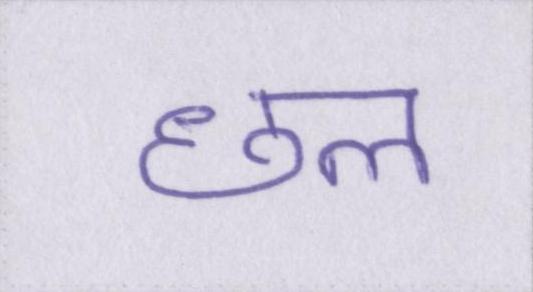
छल